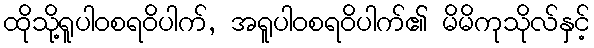
ထိုသို့ရူပါဝစရဝိပါက်, အရူပါဝစရဝိပါက်၏ မိမိကုသိုလ်နှင့်